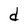
Character: d